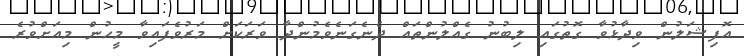
އޮފިޝަލުން ވިދާޅުވާ ގޮތުގައި ލިބުނު ގެއްލުންތައް ދެނެގަނެވެމުންދާ ވަރަކަށް މަރުވެފައިވާ މީހުން މިއަށްވުރެ